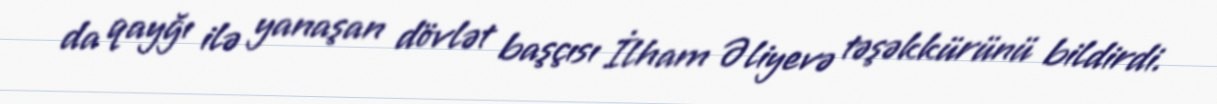
da qayğı ilə yanaşan dövlət başçısı İlham Əliyevə təşəkkürünü bildirdi.